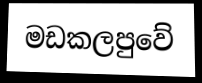
මඩකලපුවේ